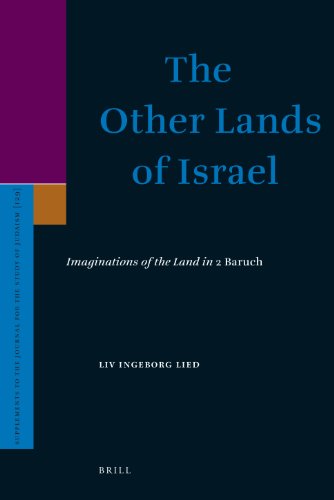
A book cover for The Other Lands of Israel: Imaginations of the Land in 2 Baruch (Supplements to the Journal for the Study of Judaism); Liv Ingeborg Lied; Religion & Spirituality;